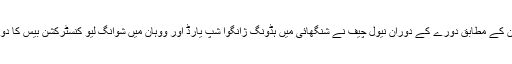
ترجمان کے مطابق دورے کے دوران نیول چیف نے شنگھائی میں ہڈونگ ژانگوا شپ یارڈ اور ووہان میں شوانگ لیو کنسٹرکشن بیس کا دورہ کیا۔